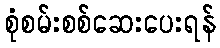
စုံစမ်းစစ်ဆေးပေးရန်